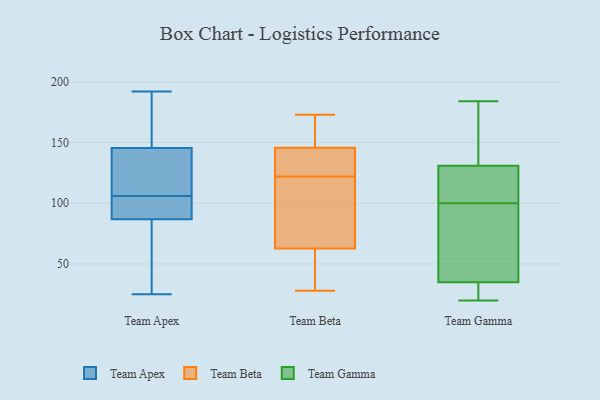
{"axis": {"x": "Demand Index", "y": "Value"}, "legend": ["Team Apex", "Team Beta", "Team Gamma"], "data": [{"x": "", "y": 46, "type": "Team Apex"}, {"x": "", "y": 136, "type": "Team Apex"}, {"x": "", "y": 153, "type": "Team Apex"}, {"x": "", "y": 192, "type": "Team Apex"}, {"x": "", "y": 106, "type": "Team Apex"}, {"x": "", "y": 185, "type": "Team Apex"}, {"x": "", "y": 101, "type": "Team Apex"}, {"x": "", "y": 135, "type": "Team Apex"}, {"x": "", "y": 91, "type": "Team Apex"}, {"x": "", "y": 74, "type": "Team Apex"}, {"x": "", "y": 25, "type": "Team Apex"}, {"x": "", "y": 102, "type": "Team Apex"}, {"x": "", "y": 143, "type": "Team Apex"}, {"x": "", "y": 81, "type": "Team Beta"}, {"x": "", "y": 164, "type": "Team Beta"}, {"x": "", "y": 28, "type": "Team Beta"}, {"x": "", "y": 146, "type": "Team Beta"}, {"x": "", "y": 71, "type": "Team Beta"}, {"x": "", "y": 145, "type": "Team Beta"}, {"x": "", "y": 173, "type": "Team Beta"}, {"x": "", "y": 60, "type": "Team Beta"}, {"x": "", "y": 122, "type": "Team Beta"}, {"x": "", "y": 32, "type": "Team Beta"}, {"x": "", "y": 139, "type": "Team Beta"}, {"x": "", "y": 66, "type": "Team Gamma"}, {"x": "", "y": 35, "type": "Team Gamma"}, {"x": "", "y": 107, "type": "Team Gamma"}, {"x": "", "y": 131, "type": "Team Gamma"}, {"x": "", "y": 20, "type": "Team Gamma"}, {"x": "", "y": 124, "type": "Team Gamma"}, {"x": "", "y": 27, "type": "Team Gamma"}, {"x": "", "y": 93, "type": "Team Gamma"}, {"x": "", "y": 184, "type": "Team Gamma"}, {"x": "", "y": 177, "type": "Team Gamma"}]}